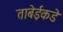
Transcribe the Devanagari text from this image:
ताबेईकडे